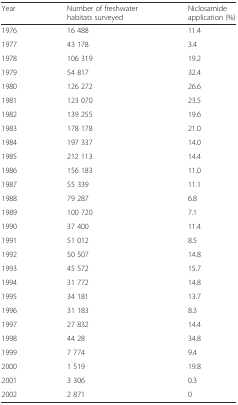
<table><thead><tr><td><b>Year</b></td><td><b>Number of freshwater habitats surveyed</b></td><td><b>Niclosamideapplication (%)</b></td></tr></thead><tbody><tr><td>1976</td><td>16 488</td><td>11.4</td></tr><tr><td>1977</td><td>43 178</td><td>3.4</td></tr><tr><td>1978</td><td>106 319</td><td>19.2</td></tr><tr><td>1979</td><td>54 817</td><td>32.4</td></tr><tr><td>1980</td><td>126 272</td><td>26.6</td></tr><tr><td>1981</td><td>123 070</td><td>23.5</td></tr><tr><td>1982</td><td>139 255</td><td>19.6</td></tr><tr><td>1983</td><td>178 178</td><td>21.0</td></tr><tr><td>1984</td><td>197 337</td><td>14.0</td></tr><tr><td>1985</td><td>212 113</td><td>14.4</td></tr><tr><td>1986</td><td>156 183</td><td>11.0</td></tr><tr><td>1987</td><td>55 339</td><td>11.1</td></tr><tr><td>1988</td><td>79 287</td><td>6.8</td></tr><tr><td>1989</td><td>100 720</td><td>7.1</td></tr><tr><td>1990</td><td>37 400</td><td>11.4</td></tr><tr><td>1991</td><td>51 012</td><td>8.5</td></tr><tr><td>1992</td><td>50 507</td><td>14.8</td></tr><tr><td>1993</td><td>45 572</td><td>15.7</td></tr><tr><td>1994</td><td>31 772</td><td>14.8</td></tr><tr><td>1995</td><td>34 181</td><td>13.7</td></tr><tr><td>1996</td><td>31 183</td><td>8.3</td></tr><tr><td>1997</td><td>27 832</td><td>14.4</td></tr><tr><td>1998</td><td>44 28</td><td>34.8</td></tr><tr><td>1999</td><td>7 774</td><td>9.4</td></tr><tr><td>2000</td><td>1 519</td><td>19.8</td></tr><tr><td>2001</td><td>3 306</td><td>0.3</td></tr><tr><td>2002</td><td>2 871</td><td>0</td></tr></tbody></table>